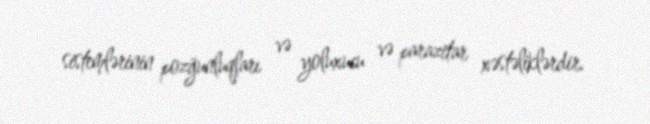
sistemlərinin pozğunluqları və yoluxucu və parazitar xəstəliklərdir.